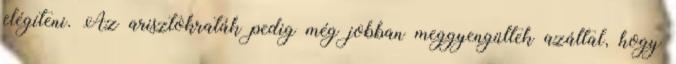
elégíteni. Az arisztokraták pedig még jobban meggyengültek azáltal, hogy